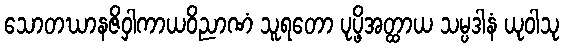
သောတဃာနဇိဝှါကာယဝိညာဏံ သူရတော ပုပ္ဖိအတ္ထာယ သမ္ပဒါနံ ယုဝါသု